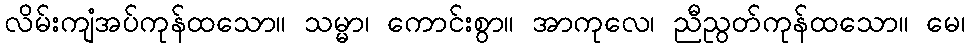
လိမ်းကျံအပ်ကုန်ထသော။ သမ္မာ၊ ကောင်းစွာ။ အာကုလေ၊ ညီညွတ်ကုန်ထသော။ မေ၊